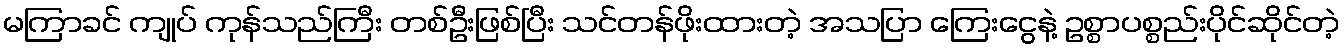
မကြာခင် ကျုပ် ကုန်သည်ကြီး တစ်ဦးဖြစ်ပြီး သင်တန်ဖိုးထားတဲ့ အသပြာ ကြေးငွေနဲ့ ဥစ္စာပစ္စည်းပိုင်ဆိုင်တဲ့